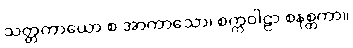
သတ္တကာယော စ အာကာသော၊ စက္ကဝါဠာ စနစ္တကာ။